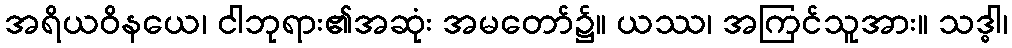
အရိယဝိနယေ၊ ငါဘုရား၏အဆုံး အမတော်၌။ ယဿ၊ အကြင်သူအား။ သဒ္ဓါ၊